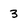
Character: 3